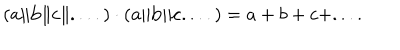
( { \bf a } \Vert { \bf b } \Vert { \bf c } \Vert . . . . ) \cdot ( { \bf a } \Vert { \bf b } \Vert { \bf c } . . . . ) = a + b + c + . . . .